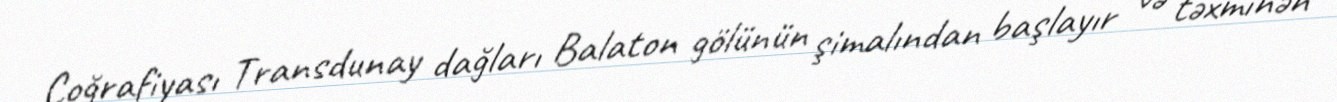
Coğrafiyası Transdunay dağları Balaton gölünün şimalından başlayır və təxminən